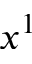
x ^ { 1 }